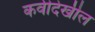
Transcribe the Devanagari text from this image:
कवीदेखील